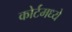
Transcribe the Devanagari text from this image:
कोर्टमध्ये